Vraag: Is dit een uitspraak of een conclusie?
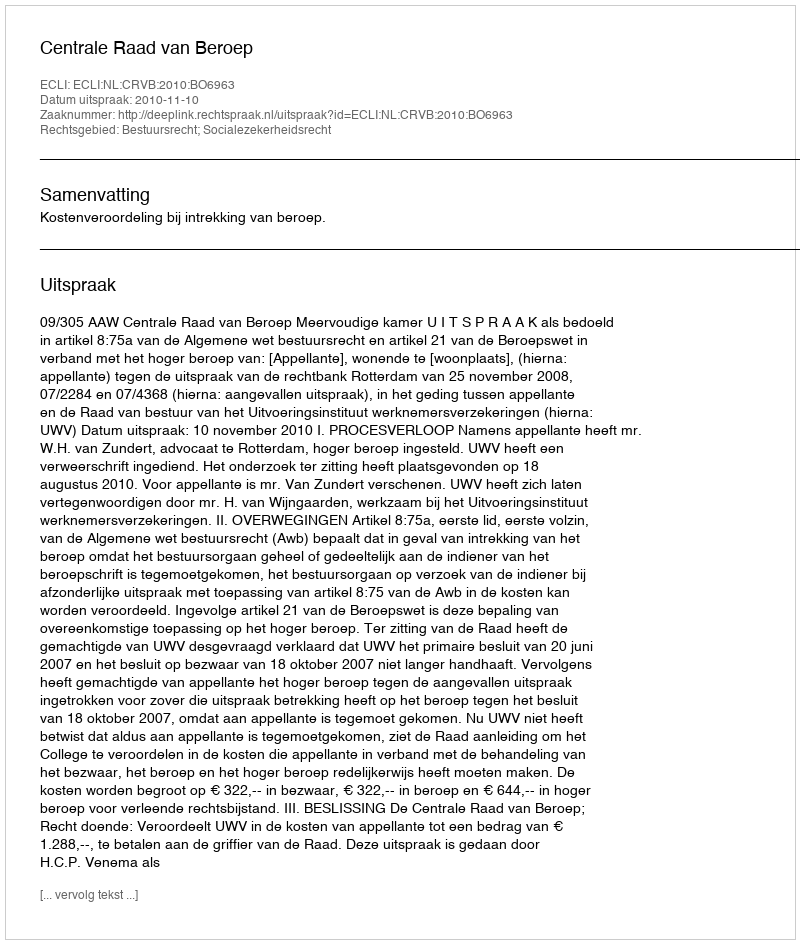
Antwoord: Uitspraak